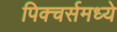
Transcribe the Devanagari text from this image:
पिक्‍चर्समध्ये